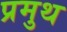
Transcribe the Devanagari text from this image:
प्रमुथ